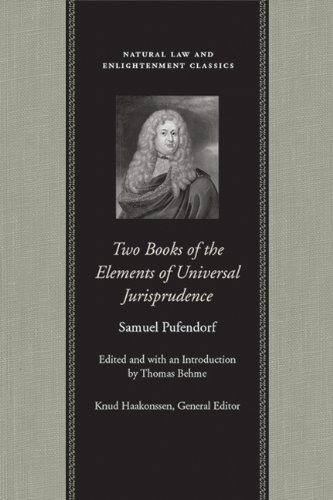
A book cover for Two Books of the Elements of Universal Jurisprudence (Natural Law Cloth); Samuel Pufendorf; Law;